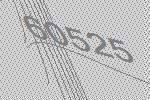
60525